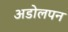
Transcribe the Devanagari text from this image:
अडोलपन